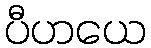
ပီဟယေ